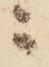
ニ